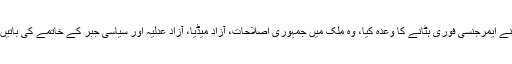
اس الیکشن میں اپوزیشن نے ایمرجنسی فوری ہٹانے کا وعدہ کیا، وہ ملک میں جمہوری اصلاحات، آزاد میڈیا، آزاد عدلیہ اور سیاسی جبر کے خاتمے کی باتیں اور وعدے کرتے رہے۔